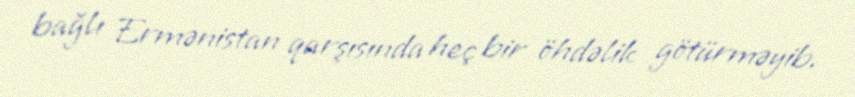
bağlı Ermənistan qarşısında heç bir öhdəlik götürməyib.